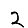
Digit: 2